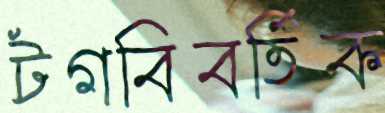
টগবিবর্তিক